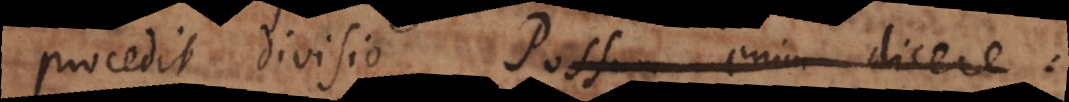
procedit divisio. Possum enim dicere: